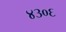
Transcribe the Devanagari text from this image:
४३०६